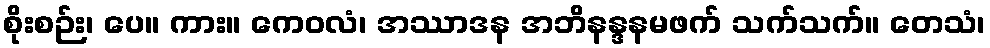
စိုးစဉ်း၊ ပေ။ ကား။ ကေဝလံ၊ အဿာဒန အဘိနန္ဒနမဖက် သက်သက်။ တေသံ၊